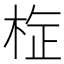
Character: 𭪉